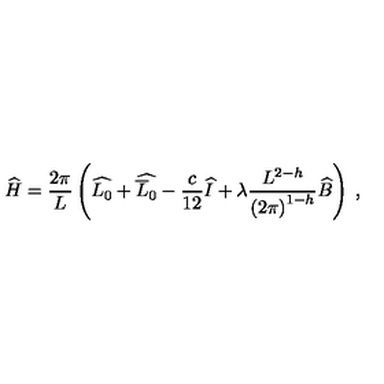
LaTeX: \widehat { H } = \displaystyle \frac { 2 \pi } { L } \left( \widehat { L _ { 0 } } + \widehat { \overline { { L } } _ { 0 } } - \displaystyle \frac { c } { 1 2 } \widehat { I } + \lambda \displaystyle \frac { L ^ { 2 - h } } { \left( 2 \pi \right) ^ { 1 - h } } \widehat { B } \right) \: ,